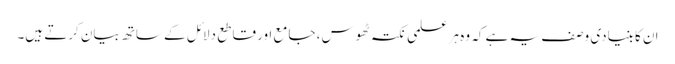
ان کا بنیادی وصف یہ ہے کہ وہ ہر علمی نکتہ ٹھوس، جامع اور قاطع دلائل کے ساتھ بیان کرتے ہیں۔